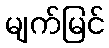
မျက်မြင်